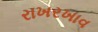
રાખરખાવ